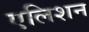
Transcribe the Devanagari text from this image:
एलिशन